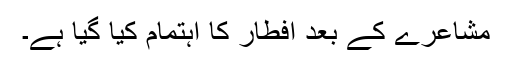
مشاعرے کے بعد افطار کا اہتمام کیا گیا ہے۔